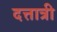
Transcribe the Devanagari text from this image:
दत्तात्री